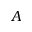
A